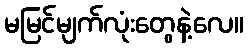
မမြင်မျက်လုံးတွေနဲ့လေ။